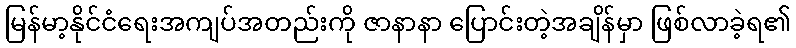
မြန်မာ့နိုင်ငံရေးအကျပ်အတည်းကို ဇာနာနာ ပြောင်းတဲ့အချိန်မှာ ဖြစ်လာခဲ့ရ၏